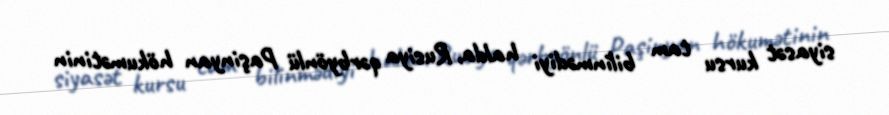
siyasət kursu tam bilinmədiyi halda, Rusiya qərbyönlü Paşinyan hökumətinin